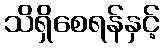
သိရှိစေရန်နှင့်